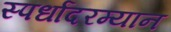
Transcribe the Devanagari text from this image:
स्पर्धांदरम्यान